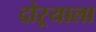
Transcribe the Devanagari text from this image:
दोऱ्याला